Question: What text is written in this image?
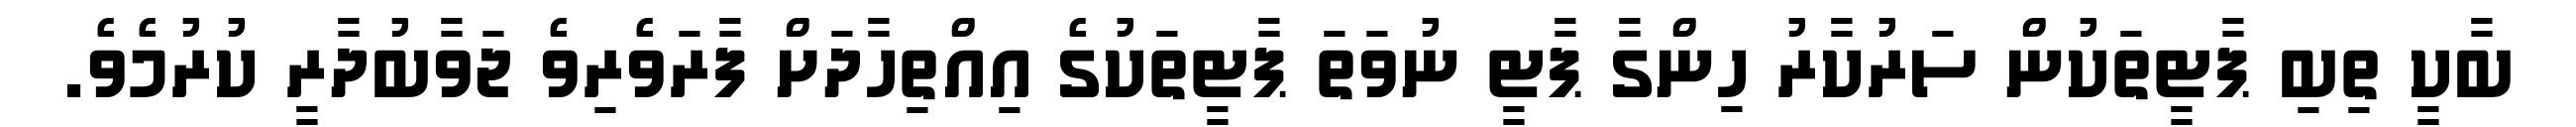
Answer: ބާކީ ތިބި ޕާޓީތަކުން ސަރުކާރު ހިންގާ ޕާޓީ ނުވަތަ ޕާޓީތަކުގެ އިއްތިހާދަށް ފާރަވެރިވެ ޖަވާބުދާރީ ކުރުމެވެ.